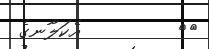
٥٥         އެކަލާނގެ